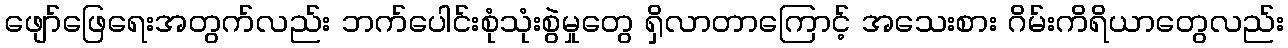
ဖျော်ဖြေရေးအတွက်လည်း ဘက်ပေါင်းစုံသုံးစွဲမှုတွေ ရှိလာတာကြောင့် အသေးစား ဂိမ်းကိရိယာတွေလည်း